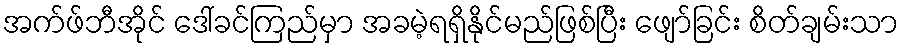
အက်ဖ်ဘီအိုင် ဒေါ်ခင်ကြည်မှာ အခမဲ့ရရှိနိုင်မည်ဖြစ်ပြီး ဖျော်ခြင်း စိတ်ချမ်းသာ